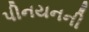
પીનયનની